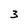
Character: 3